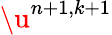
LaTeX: \u^{n+1,k+1}